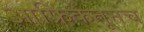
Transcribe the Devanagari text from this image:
आफ्रिकेतूनच